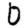
Digit: 0